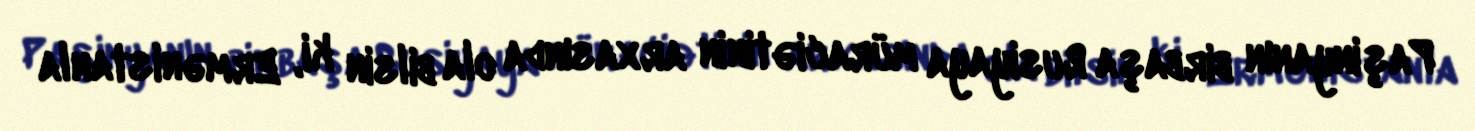
Paşinyanın birbaşa Rusiyaya müraciətinin arxasında ola bilsin ki, Ermənistanla